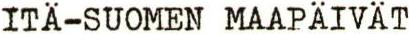
ITÄ-SUOMEN MAAPÄIVÄT